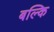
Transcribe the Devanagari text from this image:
बल्कि